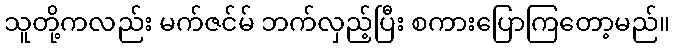
သူတို့ကလည်း မက်ဇင်မ် ဘက်လှည့်ပြီး စကားပြောကြတော့မည်။